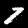
Label: 7